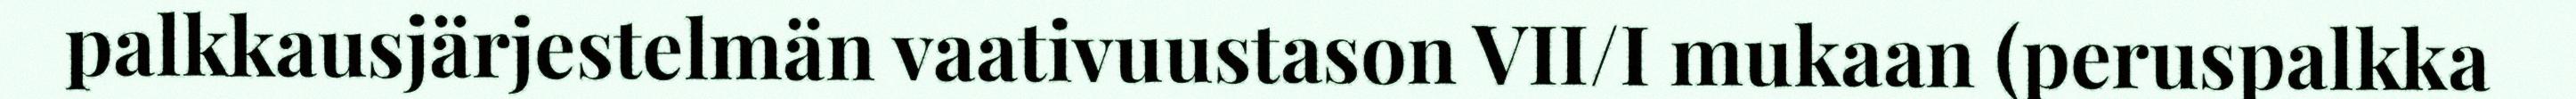
palkkausjärjestelmän vaativuustason VII/I mukaan (peruspalkka